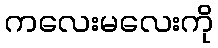
ကလေးမလေးကို